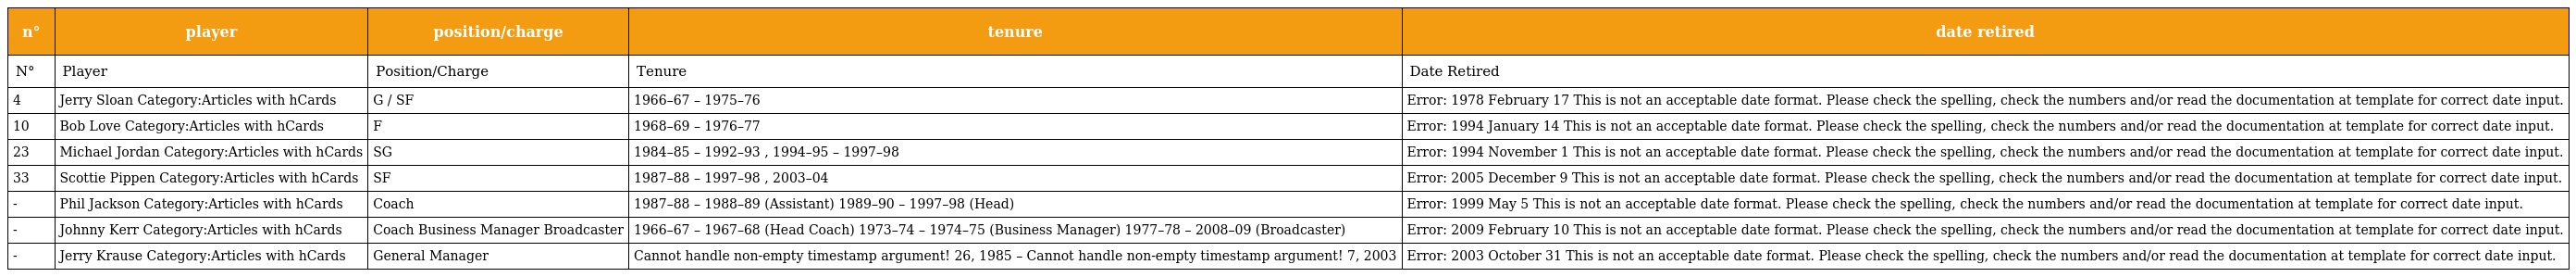
| n° | player | position/charge | tenure | date retired |
 | --- | --- | --- | --- | --- |
 | N° | Player | Position/Charge | Tenure | Date Retired |
 | 4 | Jerry Sloan Category:Articles with hCards | G / SF | 1966–67 – 1975–76 | Error: 1978 February 17 This is not an acceptable date format. Please check the spelling, check the numbers and/or read the documentation at template for correct date input. |
 | 10 | Bob Love Category:Articles with hCards | F | 1968–69 – 1976–77 | Error: 1994 January 14 This is not an acceptable date format. Please check the spelling, check the numbers and/or read the documentation at template for correct date input. |
 | 23 | Michael Jordan Category:Articles with hCards | SG | 1984–85 – 1992–93 , 1994–95 – 1997–98 | Error: 1994 November 1 This is not an acceptable date format. Please check the spelling, check the numbers and/or read the documentation at template for correct date input. |
 | 33 | Scottie Pippen Category:Articles with hCards | SF | 1987–88 – 1997–98 , 2003–04 | Error: 2005 December 9 This is not an acceptable date format. Please check the spelling, check the numbers and/or read the documentation at template for correct date input. |
 | - | Phil Jackson Category:Articles with hCards | Coach | 1987–88 – 1988–89 (Assistant) 1989–90 – 1997–98 (Head) | Error: 1999 May 5 This is not an acceptable date format. Please check the spelling, check the numbers and/or read the documentation at template for correct date input. |
 | - | Johnny Kerr Category:Articles with hCards | Coach Business Manager Broadcaster | 1966–67 – 1967–68 (Head Coach) 1973–74 – 1974–75 (Business Manager) 1977–78 – 2008–09 (Broadcaster) | Error: 2009 February 10 This is not an acceptable date format. Please check the spelling, check the numbers and/or read the documentation at template for correct date input. |
 | - | Jerry Krause Category:Articles with hCards | General Manager | Cannot handle non-empty timestamp argument! 26, 1985 – Cannot handle non-empty timestamp argument! 7, 2003 | Error: 2003 October 31 This is not an acceptable date format. Please check the spelling, check the numbers and/or read the documentation at template for correct date input. |